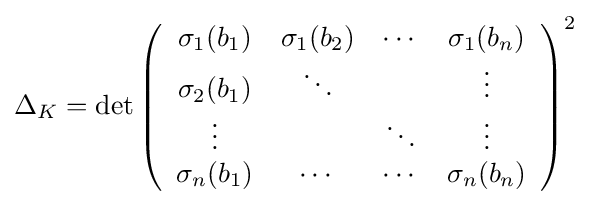
\Delta _{K}=\det \left({\begin{array}{cccc}\sigma _{1}(b_{1})&\sigma _{1}(b_{2})&\cdots &\sigma _{1}(b_{n})\\\sigma _{2}(b_{1})&\ddots &&\vdots \\\vdots &&\ddots &\vdots \\\sigma _{n}(b_{1})&\cdots &\cdots &\sigma _{n}(b_{n})\end{array}}\right)^{2}